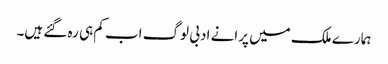
ہمارے ملک میں پرانے ادبی لوگ اب کم ہی رہ گئے ہیں۔